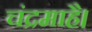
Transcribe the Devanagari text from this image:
चंद्रमाहै।